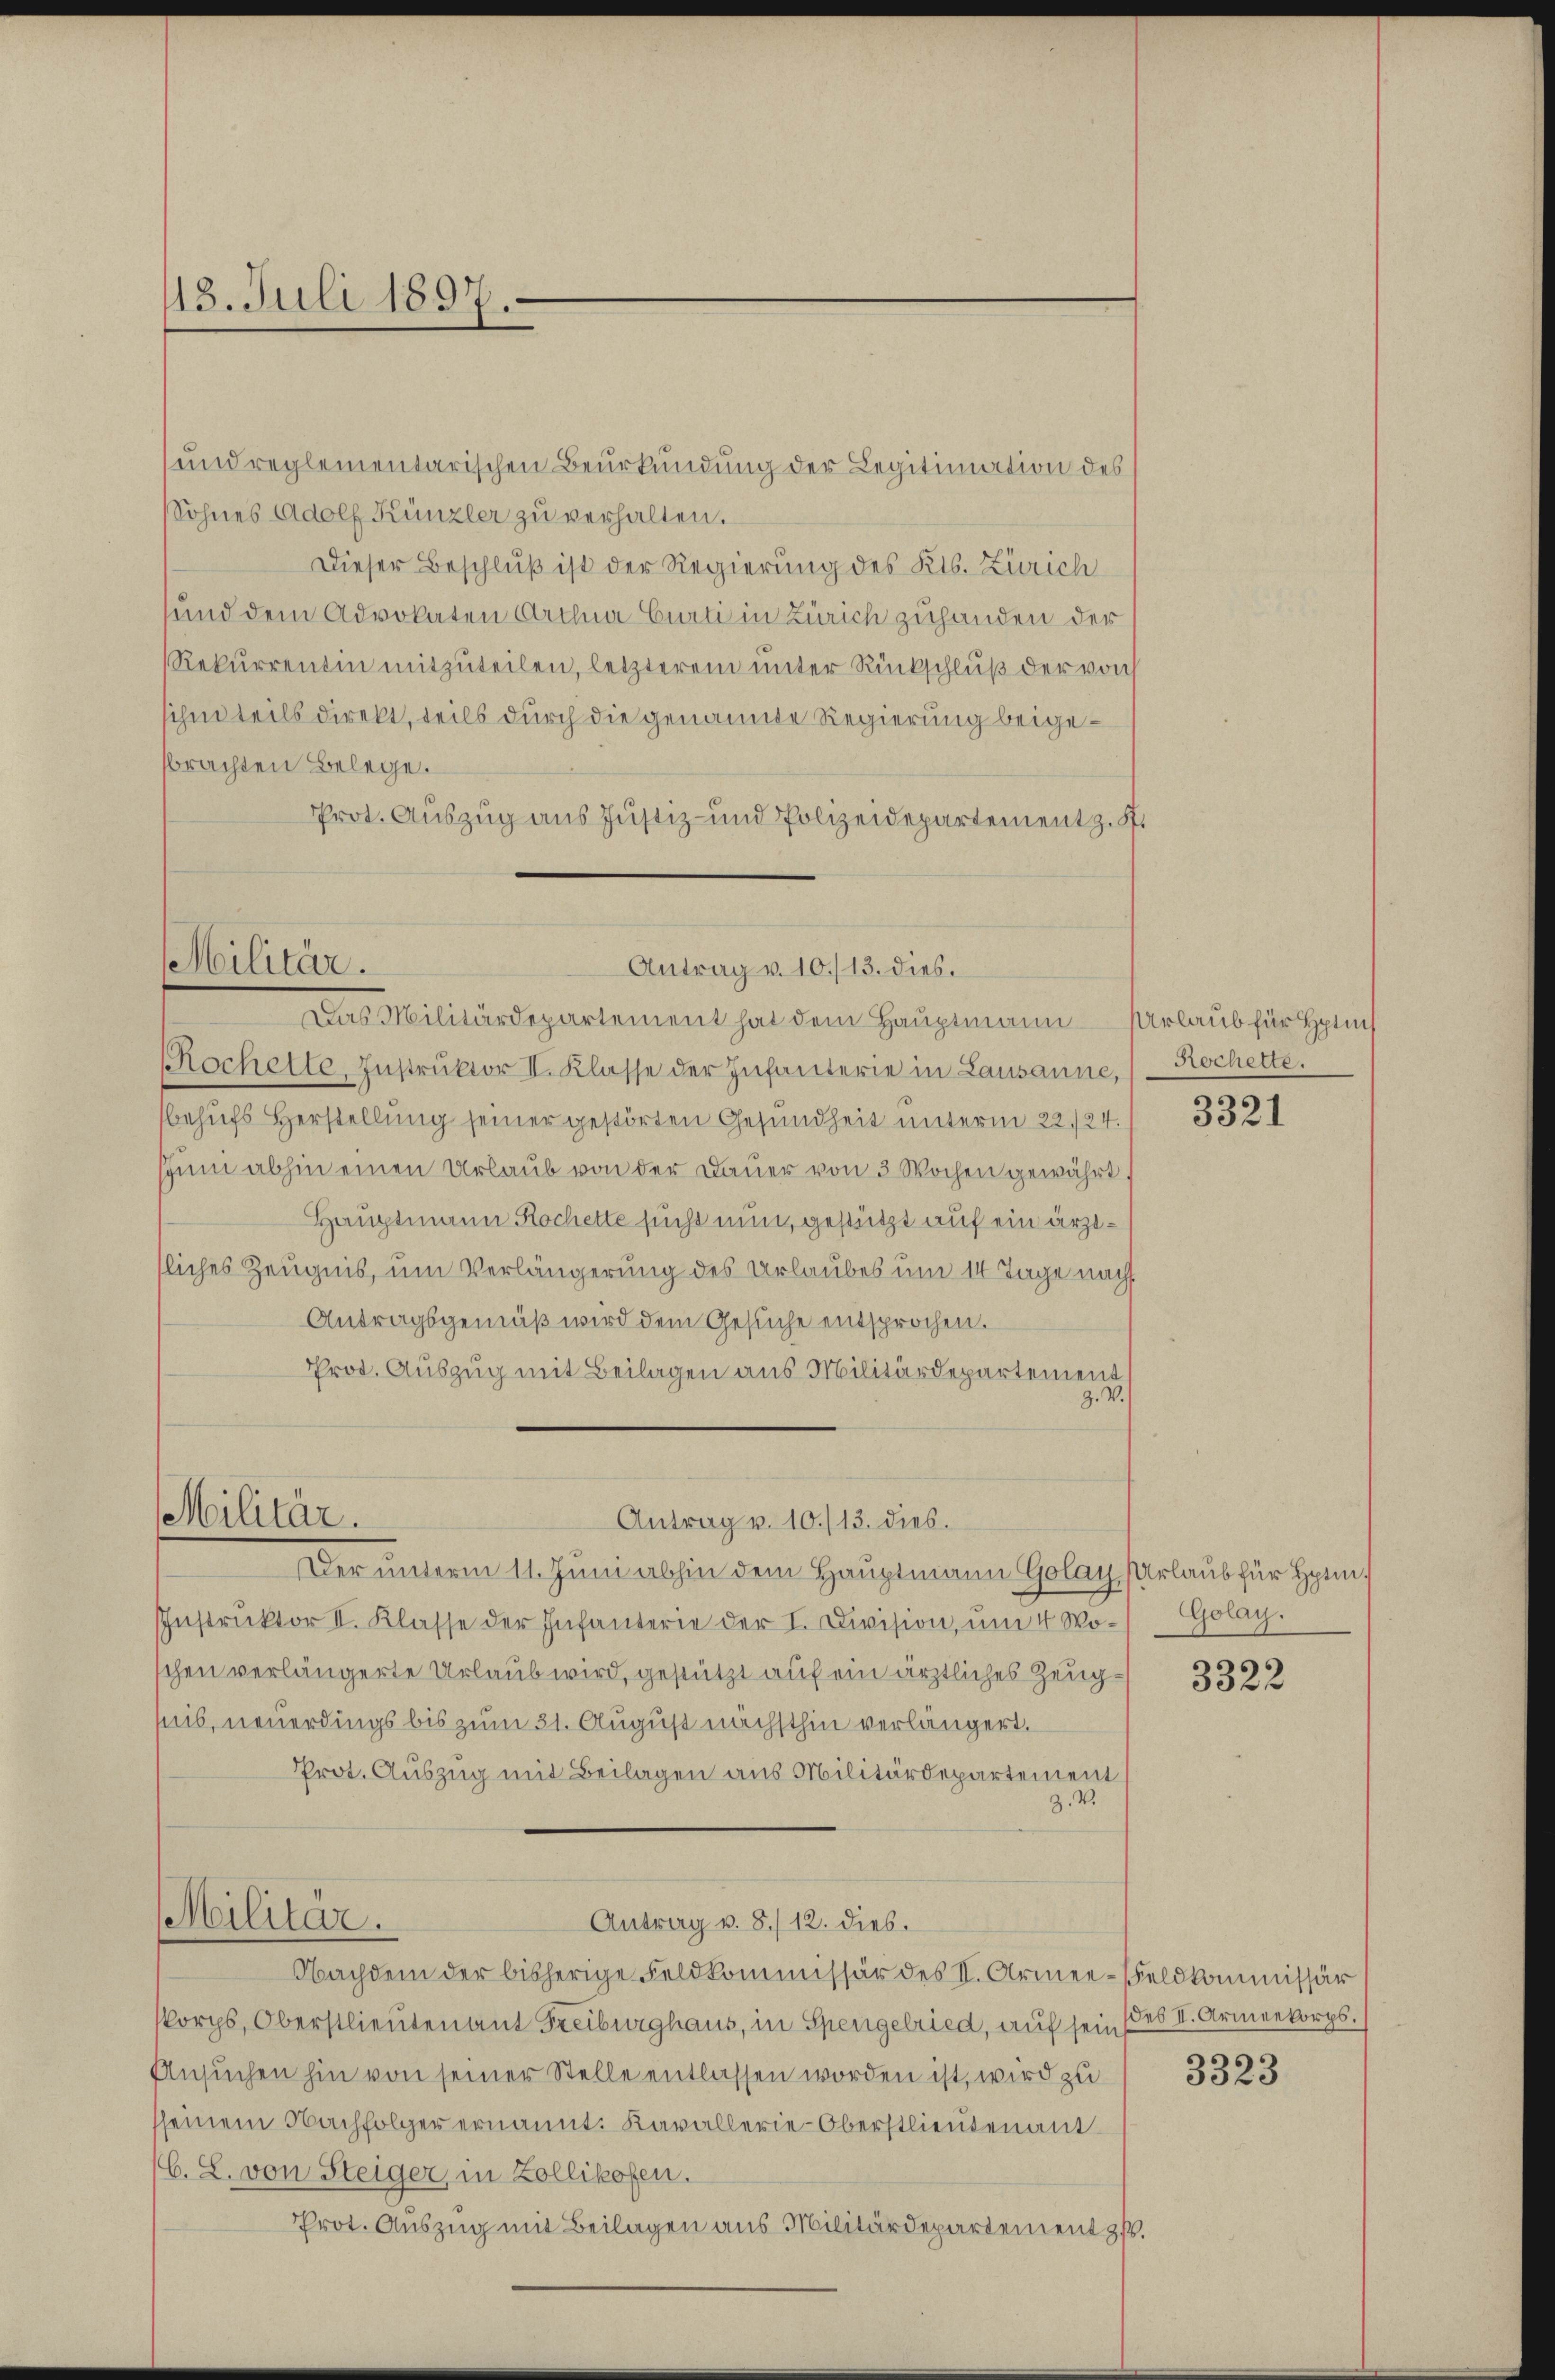
113. Juli 1897
e

und reglementarischen Beurkundung der Legitimation des
Sohnes Adolf Künzler zu verhalten.
Dieser Beschluß ist der Regierung des Kts. Zürich
und dem Advokaten Archia Curti in Zürich zuhanden der
Rekurrentin mitzŭteilen, letzterem unter Rückschluß der von
ihm teils direkt, teils durch die genannte Regierung beigebrachten Belege.
Prot. Auszug aus Justiz- und Polizeidepartement z. S.

Militär.
Antrag v. 10./13. dies.
Das Militärdepartement hat dem Hauptmann Urlaub für Hptm

Militär.

Rochelte Instrŭktor II. Klasse der Infanterie in Lausanne,
behufs Herstellung seiner gestörten Gesundheit unterm 22./24.
zŭm abhin einen Urlaub von der Dauer von 3 Wochen gewährt,
Hauptmann Rochette sucht nun, gestützt auf ein ärztsliches Zeugnis, um Verlängerung des Urlaubes um 14 Tage nach
Antragsgemäß wird dem Gesuche entsprochen.
Prot. Auszug mit Beilagen aus Militärdepartement
Z. W.

Instrŭktor II. Klasse der Infanterie der I. Division, ŭm 4 Wo-Golay.
chen verlängerte Urlaub wird, gestützt auf ein ärztliches Zeugseis, neuerdings bis zum 31. August nächsthin verlängert.
Prot. Auszug mit Beilagen aus Militärdepartement
Z. V.
Militär.
Antrag v. 8./12. dies.
Nachdem der bisherige Feldkommissär des II. Armee-Feldkommissär
korps, Oberstlieutenant Freiburghaus, in Spengelried, auf sein des II. Armeekorps.
Ansuchen hin von seiner Stelle entlassen worden ist, wird zu
sseinem Nachfolger ernannt. Kavallerie-Oberstlieutenant
C. L. von Steiger, in Zollikofen.
Prot. Auszug mit Beilagen aus Militärdepartement z.

Antrag v. 10./13. dies.
Der unterm 11. Juni abhin dem Hauptmann Golay Urlaub für Hptm.

Rochelte.

3321

3322

3323